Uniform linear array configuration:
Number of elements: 64
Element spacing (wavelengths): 0.25
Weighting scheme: hann
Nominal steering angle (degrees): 30
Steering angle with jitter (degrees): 31.737
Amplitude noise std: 0.05
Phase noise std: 0.05

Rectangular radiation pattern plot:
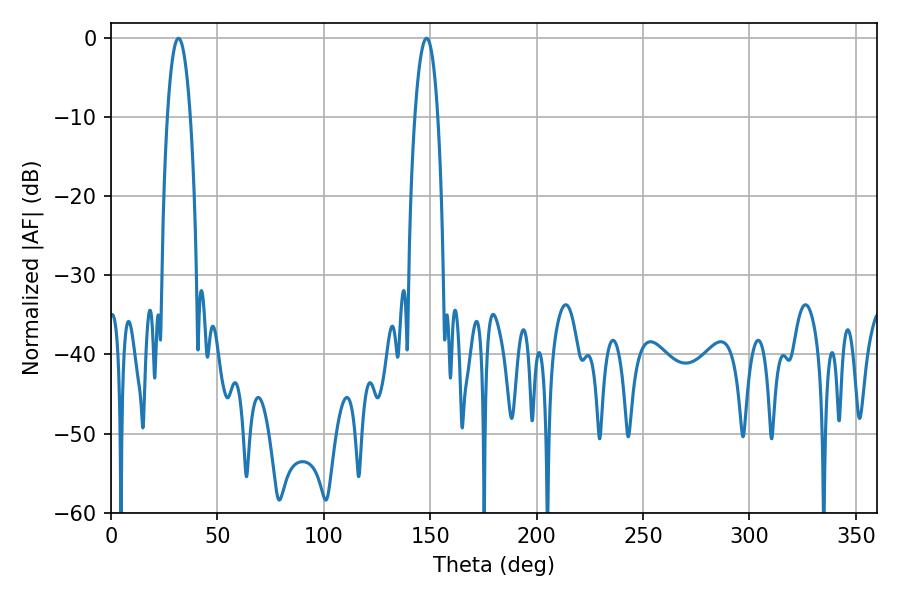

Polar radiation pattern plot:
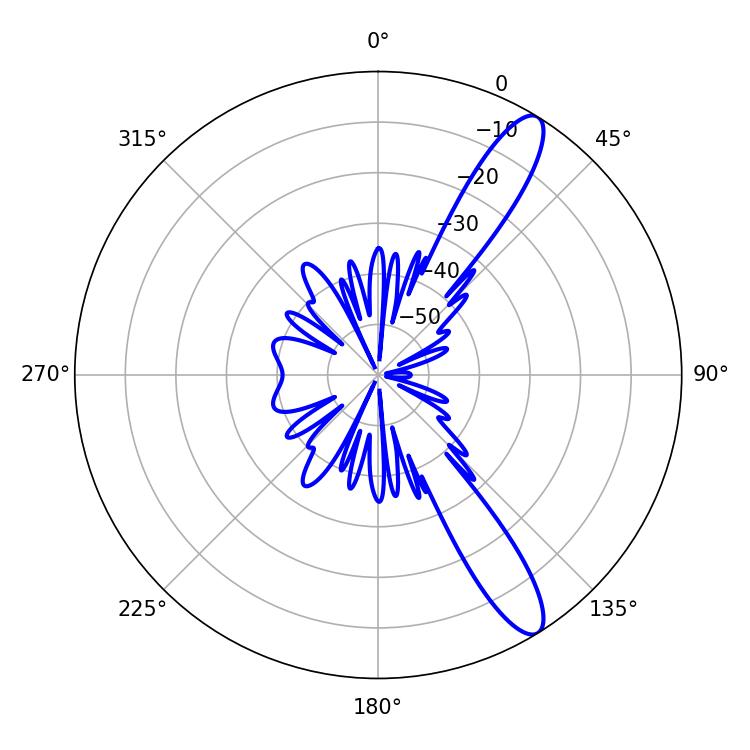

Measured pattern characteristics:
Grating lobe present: FALSE
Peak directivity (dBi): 12.283
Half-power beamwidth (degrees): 5.94
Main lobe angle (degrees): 31.68